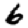
Digit: 6